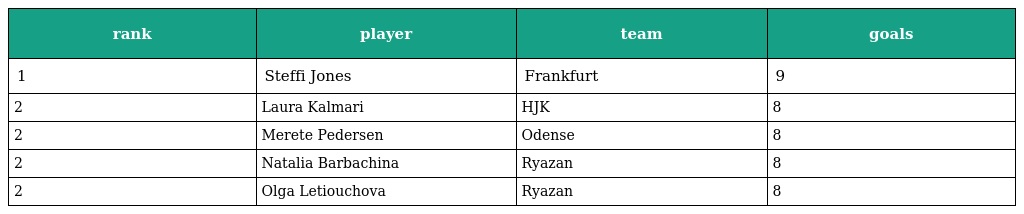
| rank | player | team | goals |
 | --- | --- | --- | --- |
 | 1 | Steffi Jones | Frankfurt | 9 |
 | 2 | Laura Kalmari | HJK | 8 |
 | 2 | Merete Pedersen | Odense | 8 |
 | 2 | Natalia Barbachina | Ryazan | 8 |
 | 2 | Olga Letiouchova | Ryazan | 8 |